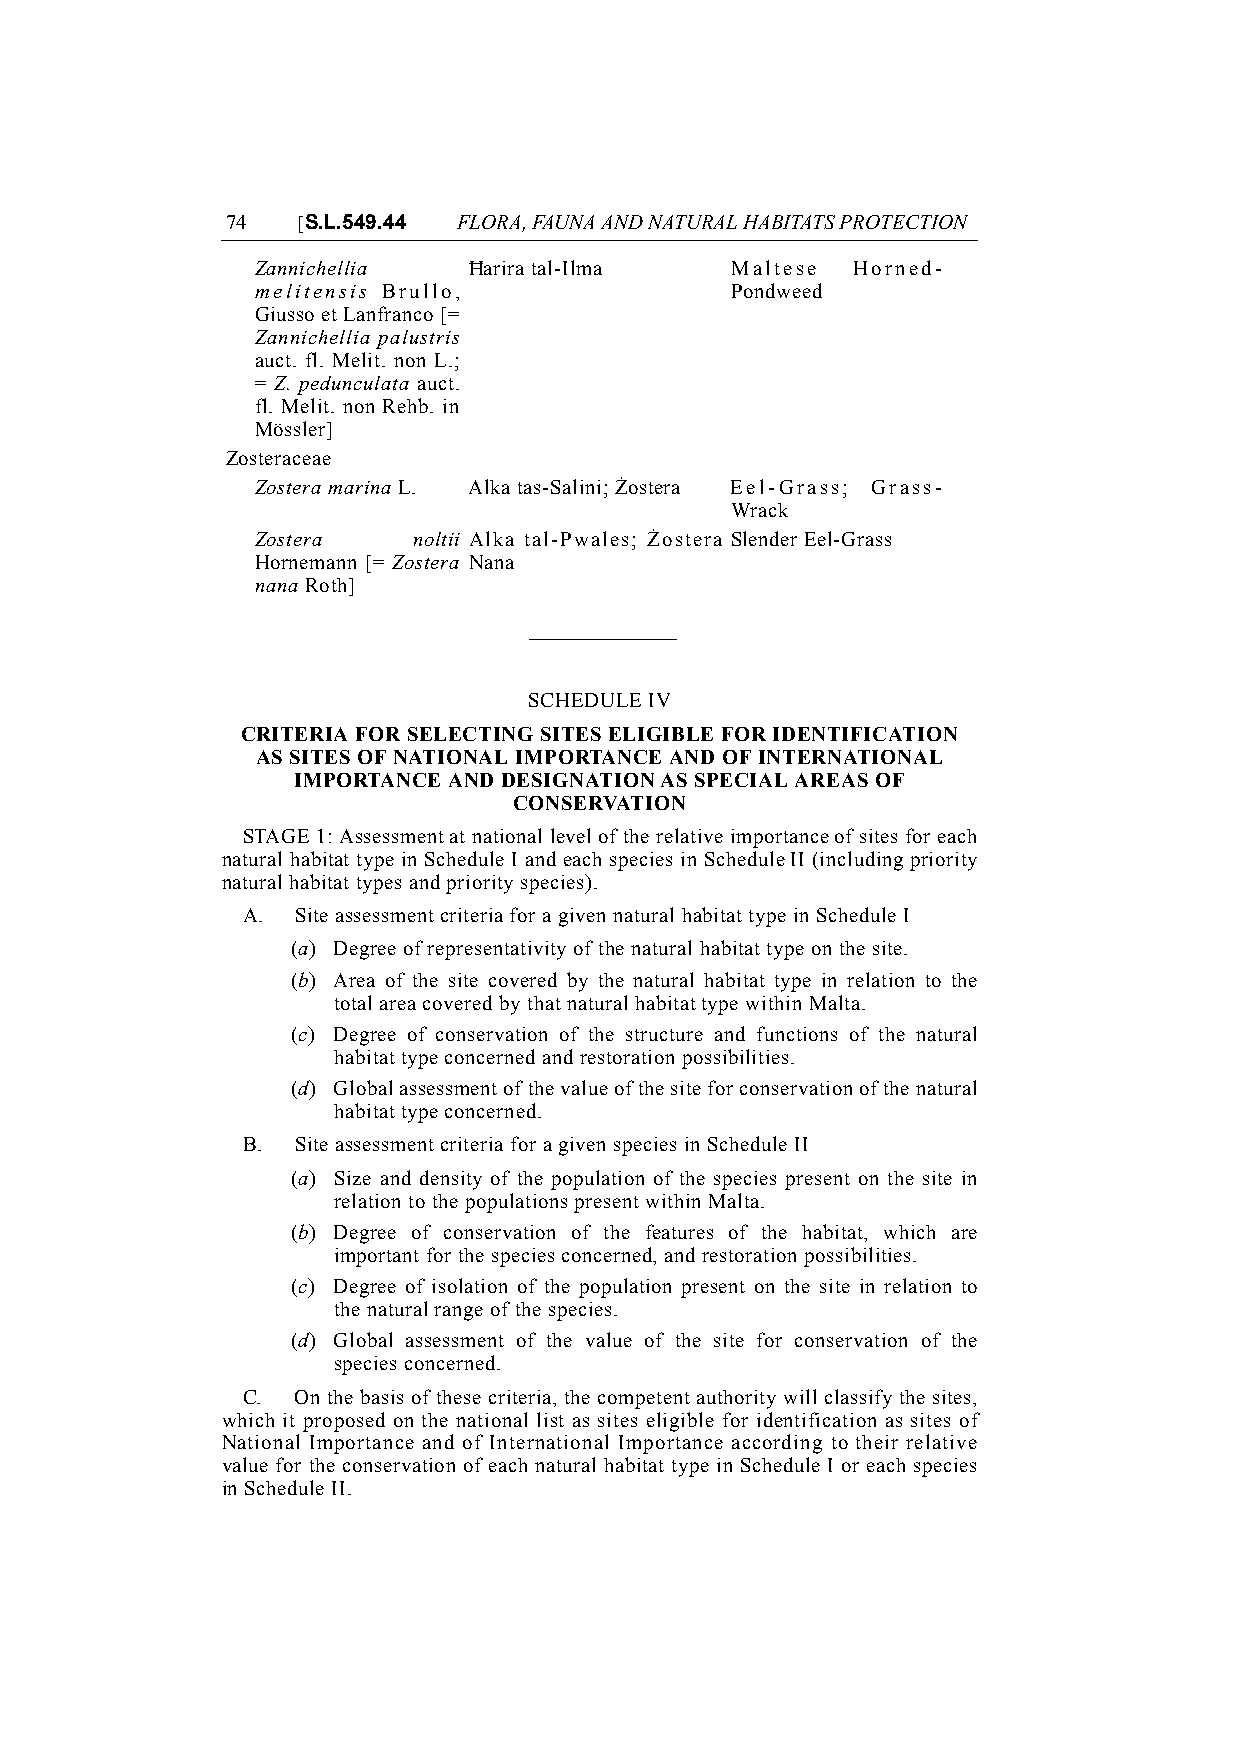
74   [S.L.549.44 FLORA, FAUNA AND NATURAL HABITATS PROTECTION
 Zannichellia  Ħarira tal-Ilma  Maltese Horned-
 melitensis Brullo,             Pondweed
 Giusso et Lanfranco [=
 Zannichellia palustris
 auct. fl. Melit. non L.;
 = Z. pedunculata auct.
 fl. Melit. non Rehb. in
 Mössler]
 Zosteraceae
 Zostera marina L. Alka tas-Salini; Żostera Eel-Grass; Grass-
 Wrack
 Zostera   noltii Alka tal-Pwales; Żostera Slender Eel-Grass
 Hornemann [= Zostera Nana
 nana Roth]
 SCHEDULE IV
 CRITERIA FOR SELECTING SITES ELIGIBLE FOR IDENTIFICATION
 AS SITES OF NATIONAL IMPORTANCE AND OF INTERNATIONAL
 IMPORTANCE AND DESIGNATION AS SPECIAL AREAS OF
 CONSERVATION
 STAGE 1: Assessment at national level of the relative importance of sites for each
 natural habitat type in Schedule I and each species in Schedule II (including priority
 natural habitat types and priority species).
 A.  Site assessment criteria for a given natural habitat type in Schedule I
 (a) Degree of representativity of the natural habitat type on the site.
 (b) Area of the site covered by the natural habitat type in relation to the
 total area covered by that natural habitat type within Malta.
 (c) Degree of conservation of the structure and functions of the natural
 habitat type concerned and restoration possibilities.
 (d) Global assessment of the value of the site for conservation of the natural
 habitat type concerned.
 B.  Site assessment criteria for a given species in Schedule II
 (a) Size and density of the population of the species present on the site in
 relation to the populations present within Malta.
 (b) Degree of conservation of the features of the habitat, which are
 important for the species concerned, and restoration possibilities.
 (c) Degree of isolation of the population present on the site in relation to
 the natural range of the species.
 (d) Global assessment of the value of the site for conservation of the
 species concerned.
 C.  On the basis of these criteria, the competent authority will classify the sites,
 which it proposed on the national list as sites eligible for identification as sites of
 National Importance and of International Importance according to their relative
 value for the conservation of each natural habitat type in Schedule I or each species
 in Schedule II.